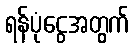
ရန်ပုံငွေအတွက်